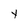
Character: Y